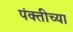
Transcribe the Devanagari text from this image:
पंक्तीच्या